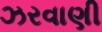
ઝરવાણી